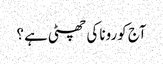
آج کورونا کی چھٹی ہے ؟